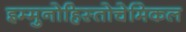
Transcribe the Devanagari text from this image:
इम्मुनोहिस्तोचेमिकल